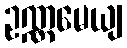
ဥဏ္ဏမေယျ